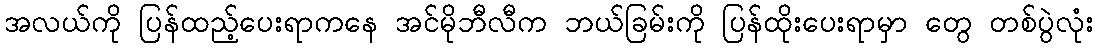
အလယ်ကို ပြန်ထည့်ပေးရာကနေ အင်မိုဘီလီက ဘယ်ခြမ်းကို ပြန်ထိုးပေးရာမှာ တွေ တစ်ပွဲလုံး